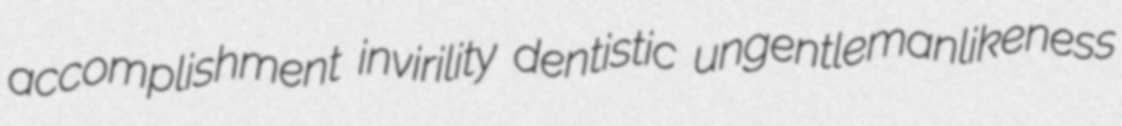
accomplishment invirility dentistic ungentlemanlikeness